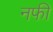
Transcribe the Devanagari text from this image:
नफी